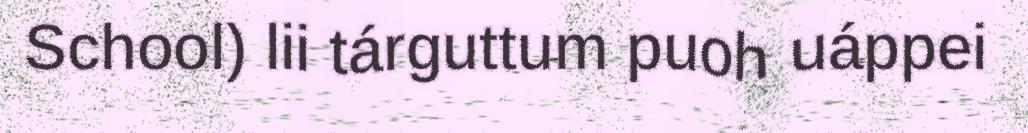
School) lii tárguttum puoh uáppei